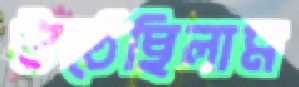
উঠেছিলাম